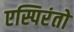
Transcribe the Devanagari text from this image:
एस्पिरंतो